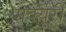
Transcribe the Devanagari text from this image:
मर्क्यूरी